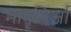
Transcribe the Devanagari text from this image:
मातृगिर्जा